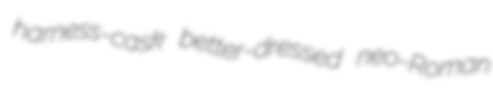
harness-cask better-dressed neo-Roman